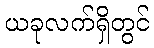
ယခုလက်ရှိတွင်